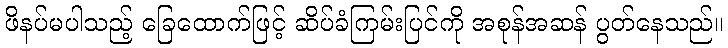
ဖိနပ်မပါသည့် ခြေထောက်ဖြင့် ဆိပ်ခံကြမ်းပြင်ကို အစုန်အဆန် ပွတ်နေသည်။